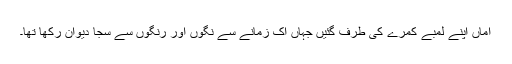
اماں اپنے لمبے کمرے کی طرف گئیں جہاں اک زمانے سے نگوں اور رنگوں سے سجا دیوان رکھا تھا۔